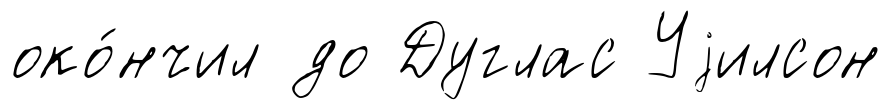
око́нчил до Дуглас Уjилсон